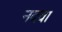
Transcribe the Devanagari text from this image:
नदवा